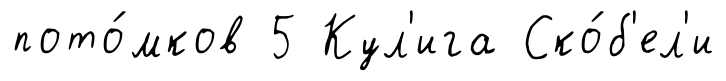
пото́мков 5 Кул'ига Ско́б'ел'и